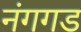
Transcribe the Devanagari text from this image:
नंगगड